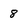
Character: 8